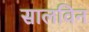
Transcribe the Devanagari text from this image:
सालविन